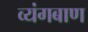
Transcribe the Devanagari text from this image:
व्यंगबाण